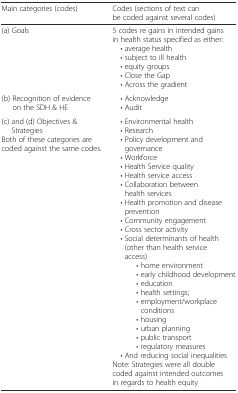
<table><thead><tr><td><b>Main categories (codes)</b></td><td><b>Codes (sections of text can be coded against several codes)</b></td></tr></thead><tbody><tr><td>(a) Goals</td><td>5 codes re gains in intended gains in health status specified as either: • average health • subject to ill health • equity groups • Close the Gap • Across the gradient</td></tr><tr><td>(b) Recognition of evidence on the SDH &amp; HE</td><td> • Acknowledge • Audit</td></tr><tr><td>(c) and (d) Objectives &amp; StrategiesBoth of these categories are coded against the same codes.</td><td> • Environmental health • Research • Policy development and governance • Workforce • Health Service quality • Health service access • Collaboration between health services • Health promotion and disease prevention • Community engagement • Cross sector activity • Social determinants of health (other than health service access)• home environment• early childhood development• education• health settings;• employment/workplace conditions• housing• urban planning• public transport• regulatory measures • And reducing social inequalitiesNote: Strategies were all double coded against intended outcomes in regards to health equity</td></tr></tbody></table>